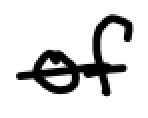
Text: of
Cross-out: single-line
Writing tool: digital_black